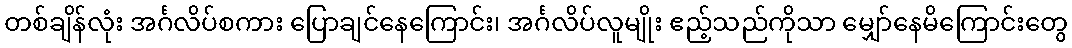
တစ်ချိန်လုံး အင်္ဂလိပ်စကား ပြောချင်နေကြောင်း၊ အင်္ဂလိပ်လူမျိုး ဧည့်သည်ကိုသာ မျှော်နေမိကြောင်းတွေ